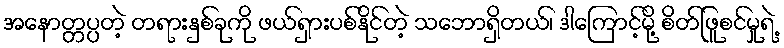
အနောတ္တပ္ပတဲ့ တရားနှစ်ခုကို ဖယ်ရှားပစ်နိုင်တဲ့ သဘောရှိတယ်၊ ဒါကြောင့်မို့ စိတ်ဖြူစင်မှုရဲ့